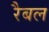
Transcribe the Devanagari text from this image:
रैबल